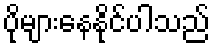
ပိုများနေနိုင်ပါသည်